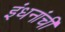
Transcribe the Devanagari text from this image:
इंधनांची